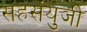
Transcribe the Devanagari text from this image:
सहसंयुजी